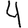
Digit: 4